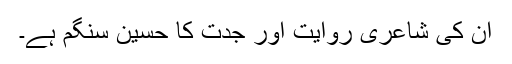
ان کی شاعری روایت اور جدت کا حسین سنگم ہے۔